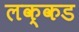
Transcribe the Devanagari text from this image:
लक्कड